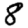
Digit: 8